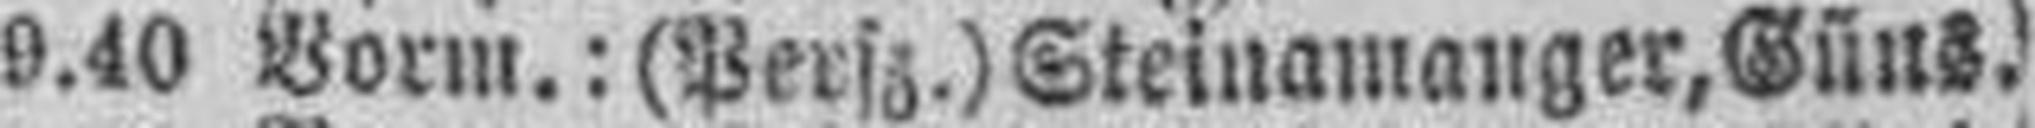
9.40 Vorm.: (Persz.) Steinamanger, Güns.